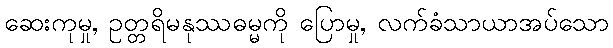
ဆေးကုမှု, ဥတ္တရိမနုဿဓမ္မကို ပြောမှု, လက်ခံသာယာအပ်သော